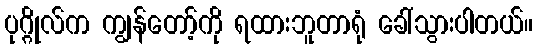
ပုဂ္ဂိုလ်က ကျွန်တော့်ကို ရထားဘူတာရုံ ခေါ်သွားပါတယ်။